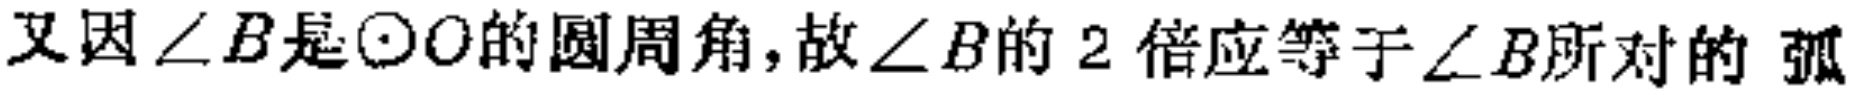
又因\(\angle B\)是\(\odot O\)的圆周角,故\(\angle B\)的 \(2\) 倍应等于\(\angle B\)所对的 弧